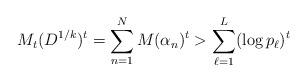
LaTeX: \begin{align*} M_t(D^{1/k})^t =\sum_{n=1}^N M(\alpha_n)^t > \sum_{\ell = 1}^L (\log p_\ell)^t\end{align*}